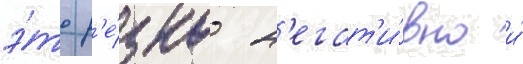
э́то р'е́зко н'егат'и́вно и́